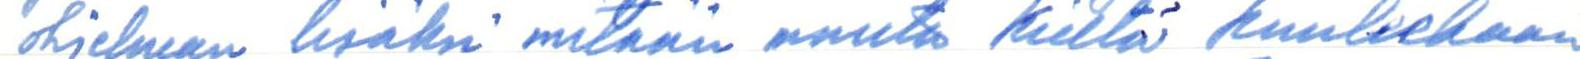
ohjelman lisäksi mitään muuta kieltä kuuleekaan